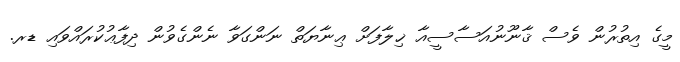
މީގެ އިތުރުން ވެސް ޤާނޫނުއަސާސީއާ ޚިލާފަށް ޢިނާޔަތް ނަންގަވާ ނެންގެވުން ދިފާޢުކުރައްވައި ޑރ.